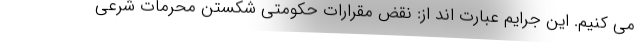
می کنیم. این جرایم عبارت اند از: نقض مقرارات حکومتی شکستن محرمات شرعی